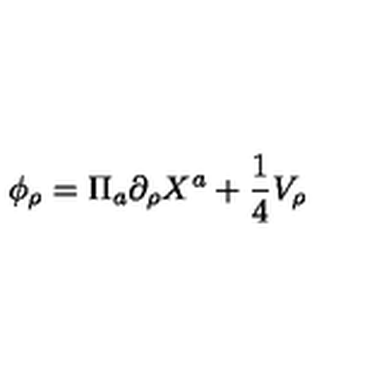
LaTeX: \phi _ { \rho } = \Pi _ { a } \partial _ { \rho } X ^ { a } + \frac { 1 } { 4 } V _ { \rho }